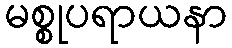
မစ္စုပရာယနာ